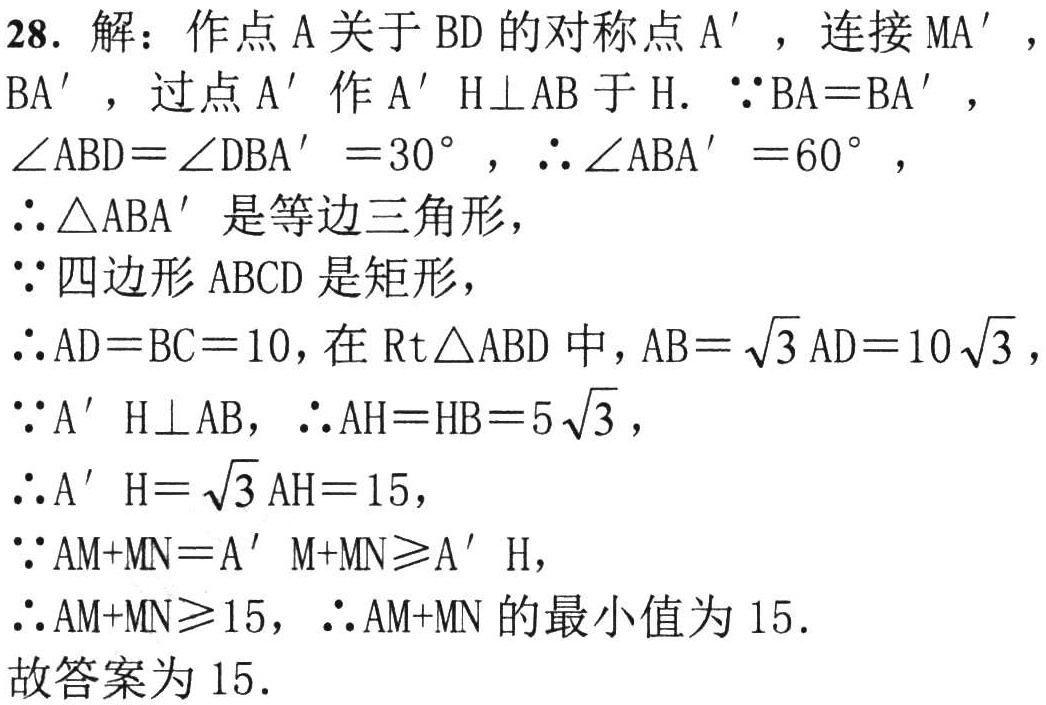
28. 解：作点\(A\)关于\(BD\)的对称点\(A'\)，连接\(MA'\)，\(BA'\)，过点\(A'\)作\(A'H\perp AB\)于\(H\). \(\because BA = BA'\)，\(\angle ABD=\angle DBA' = 30^{\circ}\)，\(\therefore \angle ABA' = 60^{\circ}\)，

\(\therefore \triangle ABA'\)是等边三角形，

\(\because\)四边形\(ABCD\)是矩形，

\(\therefore AD = BC = 10\)，在\(Rt\triangle ABD\)中，\(AB=\sqrt{3}AD = 10\sqrt{3}\)，

\(\because A'H\perp AB\)，\(\therefore AH = HB = 5\sqrt{3}\)，

\(\therefore A'H=\sqrt{3}AH = 15\)，

\(\because AM + MN=A'M + MN\geqslant A'H\)，

\(\therefore AM + MN\geqslant 15\)，\(\therefore AM + MN\)的最小值为\(15\).

故答案为\(15\).